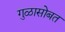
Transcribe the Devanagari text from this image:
गुळासोबत